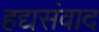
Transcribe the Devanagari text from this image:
हद्यसंवाद